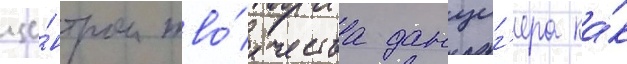
це́нтром тво́рчества данциг'ера ка́к